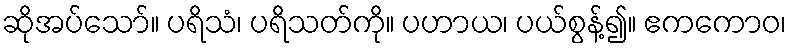
ဆိုအပ်သော်။ ပရိသံ၊ ပရိသတ်ကို။ ပဟာယ၊ ပယ်စွန့်၍။ ဧကကောဝ၊